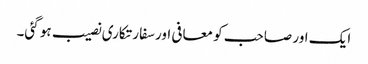
ایک اور صاحب کو معافی اور سفارتکاری نصیب ہو گئی۔